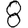
Digit: 8